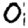
Digit: 0